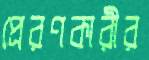
প্রেরণকারীর